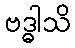
ဗဒ္ဓါသိ